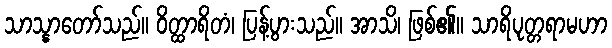
သာသ္နာတော်သည်။ ဝိတ္ထာရိတံ၊ ပြန့်ပွားသည်။ အာသိ၊ ဖြစ်၏။ သာရိပုတ္တရာမဟာ